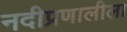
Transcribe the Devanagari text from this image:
नदीप्रणालीला